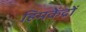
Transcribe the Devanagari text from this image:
हिमकेंद्रों